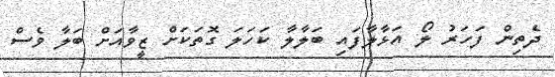
ދެތިން ފަހަރު ލޯ އަޅާލާފައި ބަލާލާ ކަހަލަ ގޮތަކަށް ޒީވާއަށް ބަލާ ވެސް